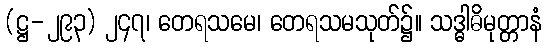
(ဋ္ဌ-၂၉၃) ၂၄၇၊ တေရသမေ၊ တေရသမသုတ်၌။ သဒ္ဓါဓိမုတ္တာနံ